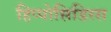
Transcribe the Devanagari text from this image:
हिप्पोसिडिरस